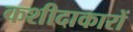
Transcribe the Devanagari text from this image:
कशीदाकारों